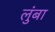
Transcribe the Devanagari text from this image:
लुंबा